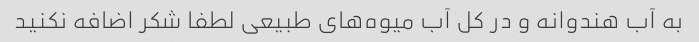
به آب هندوانه و در کل آب میوه‌های طبیعی لطفا شکر اضافه نکنید